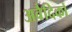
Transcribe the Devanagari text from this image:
अवैदिकों